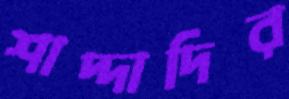
শাদ্দাদির